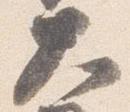
大